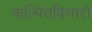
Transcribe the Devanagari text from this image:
कल्पितविचारों